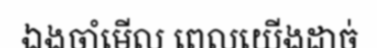
ឯងចាំមើល ពេលយើងដាច់